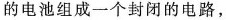
的电池组成一个封闭的电路，